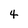
Character: 4